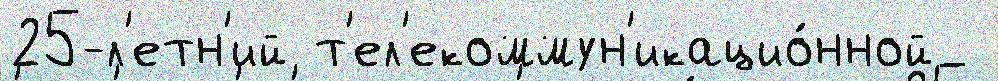
25-л'етн'ий т'ел'екоммун'икацио́нной